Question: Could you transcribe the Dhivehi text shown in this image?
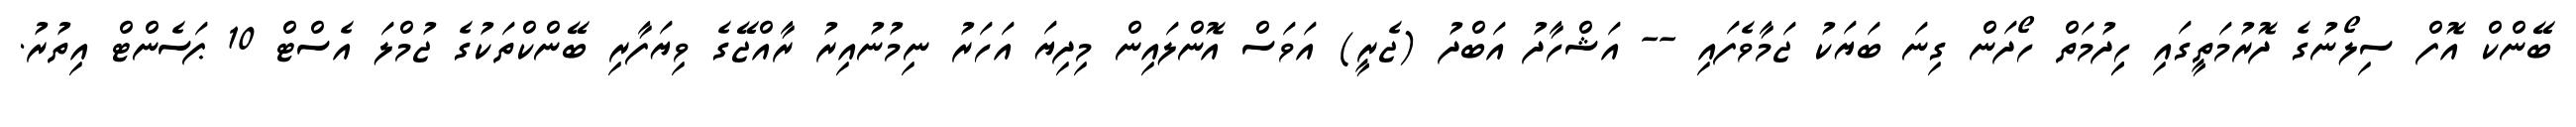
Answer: ބޭންކް އޮފް ސިލޯނުގެ ދޮރުމަތީގައި ހިިދުމަތް ހޯދަން ގިނަ ބަޔަކު ޖަމާވެފައި -- އަޝްހާދު އަބްދު (ޖެރީ) އަވަސް އޮންލައިން މިދިޔަ އަހަރު ނިމުނުއިރު ރާއްޖޭގެ ވިޔަފާރި ބޭންކްތަކުގެ ޖުމްލަ އެސްޓް 10 ޕަސެންޓް އިތުރު.